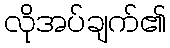
လိုအပ်ချက်၏